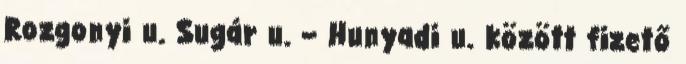
Rozgonyi u. Sugár u. – Hunyadi u. között fizető